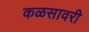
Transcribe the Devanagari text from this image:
कळसावरी